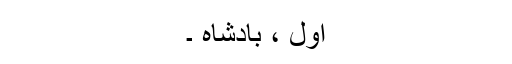
اول ، بادشاہ ۔